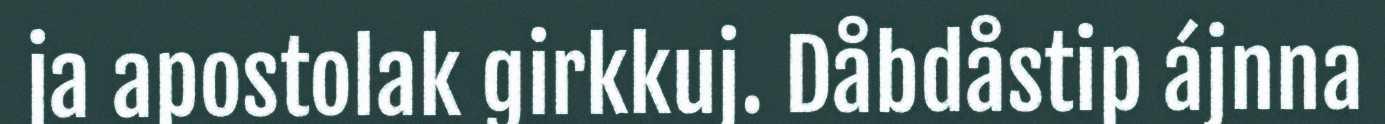
ja apostolak girkkuj. Dåbdåstip ájnna